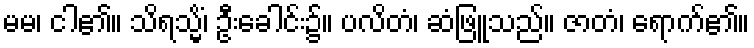
မမ၊ ငါ၏။ သိရသ္မိံ၊ ဦးခေါင်း၌။ ပလိတံ၊ ဆံဖြူသည်။ ဇာတံ၊ ရောက်၏။